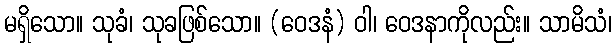
မရှိသော။ သုခံ၊ သုခဖြစ်သော။ (ဝေဒနံ) ဝါ၊ ဝေဒနာကိုလည်း။ သာမိသံ၊